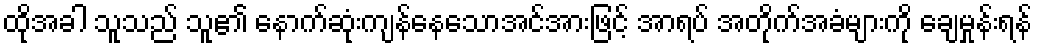
ထိုအခါ သူသည် သူ၏ နောက်ဆုံးကျန်နေသောအင်အားဖြင့် အာရပ် အတိုက်အခံများကို ချေမှုန်းရန်